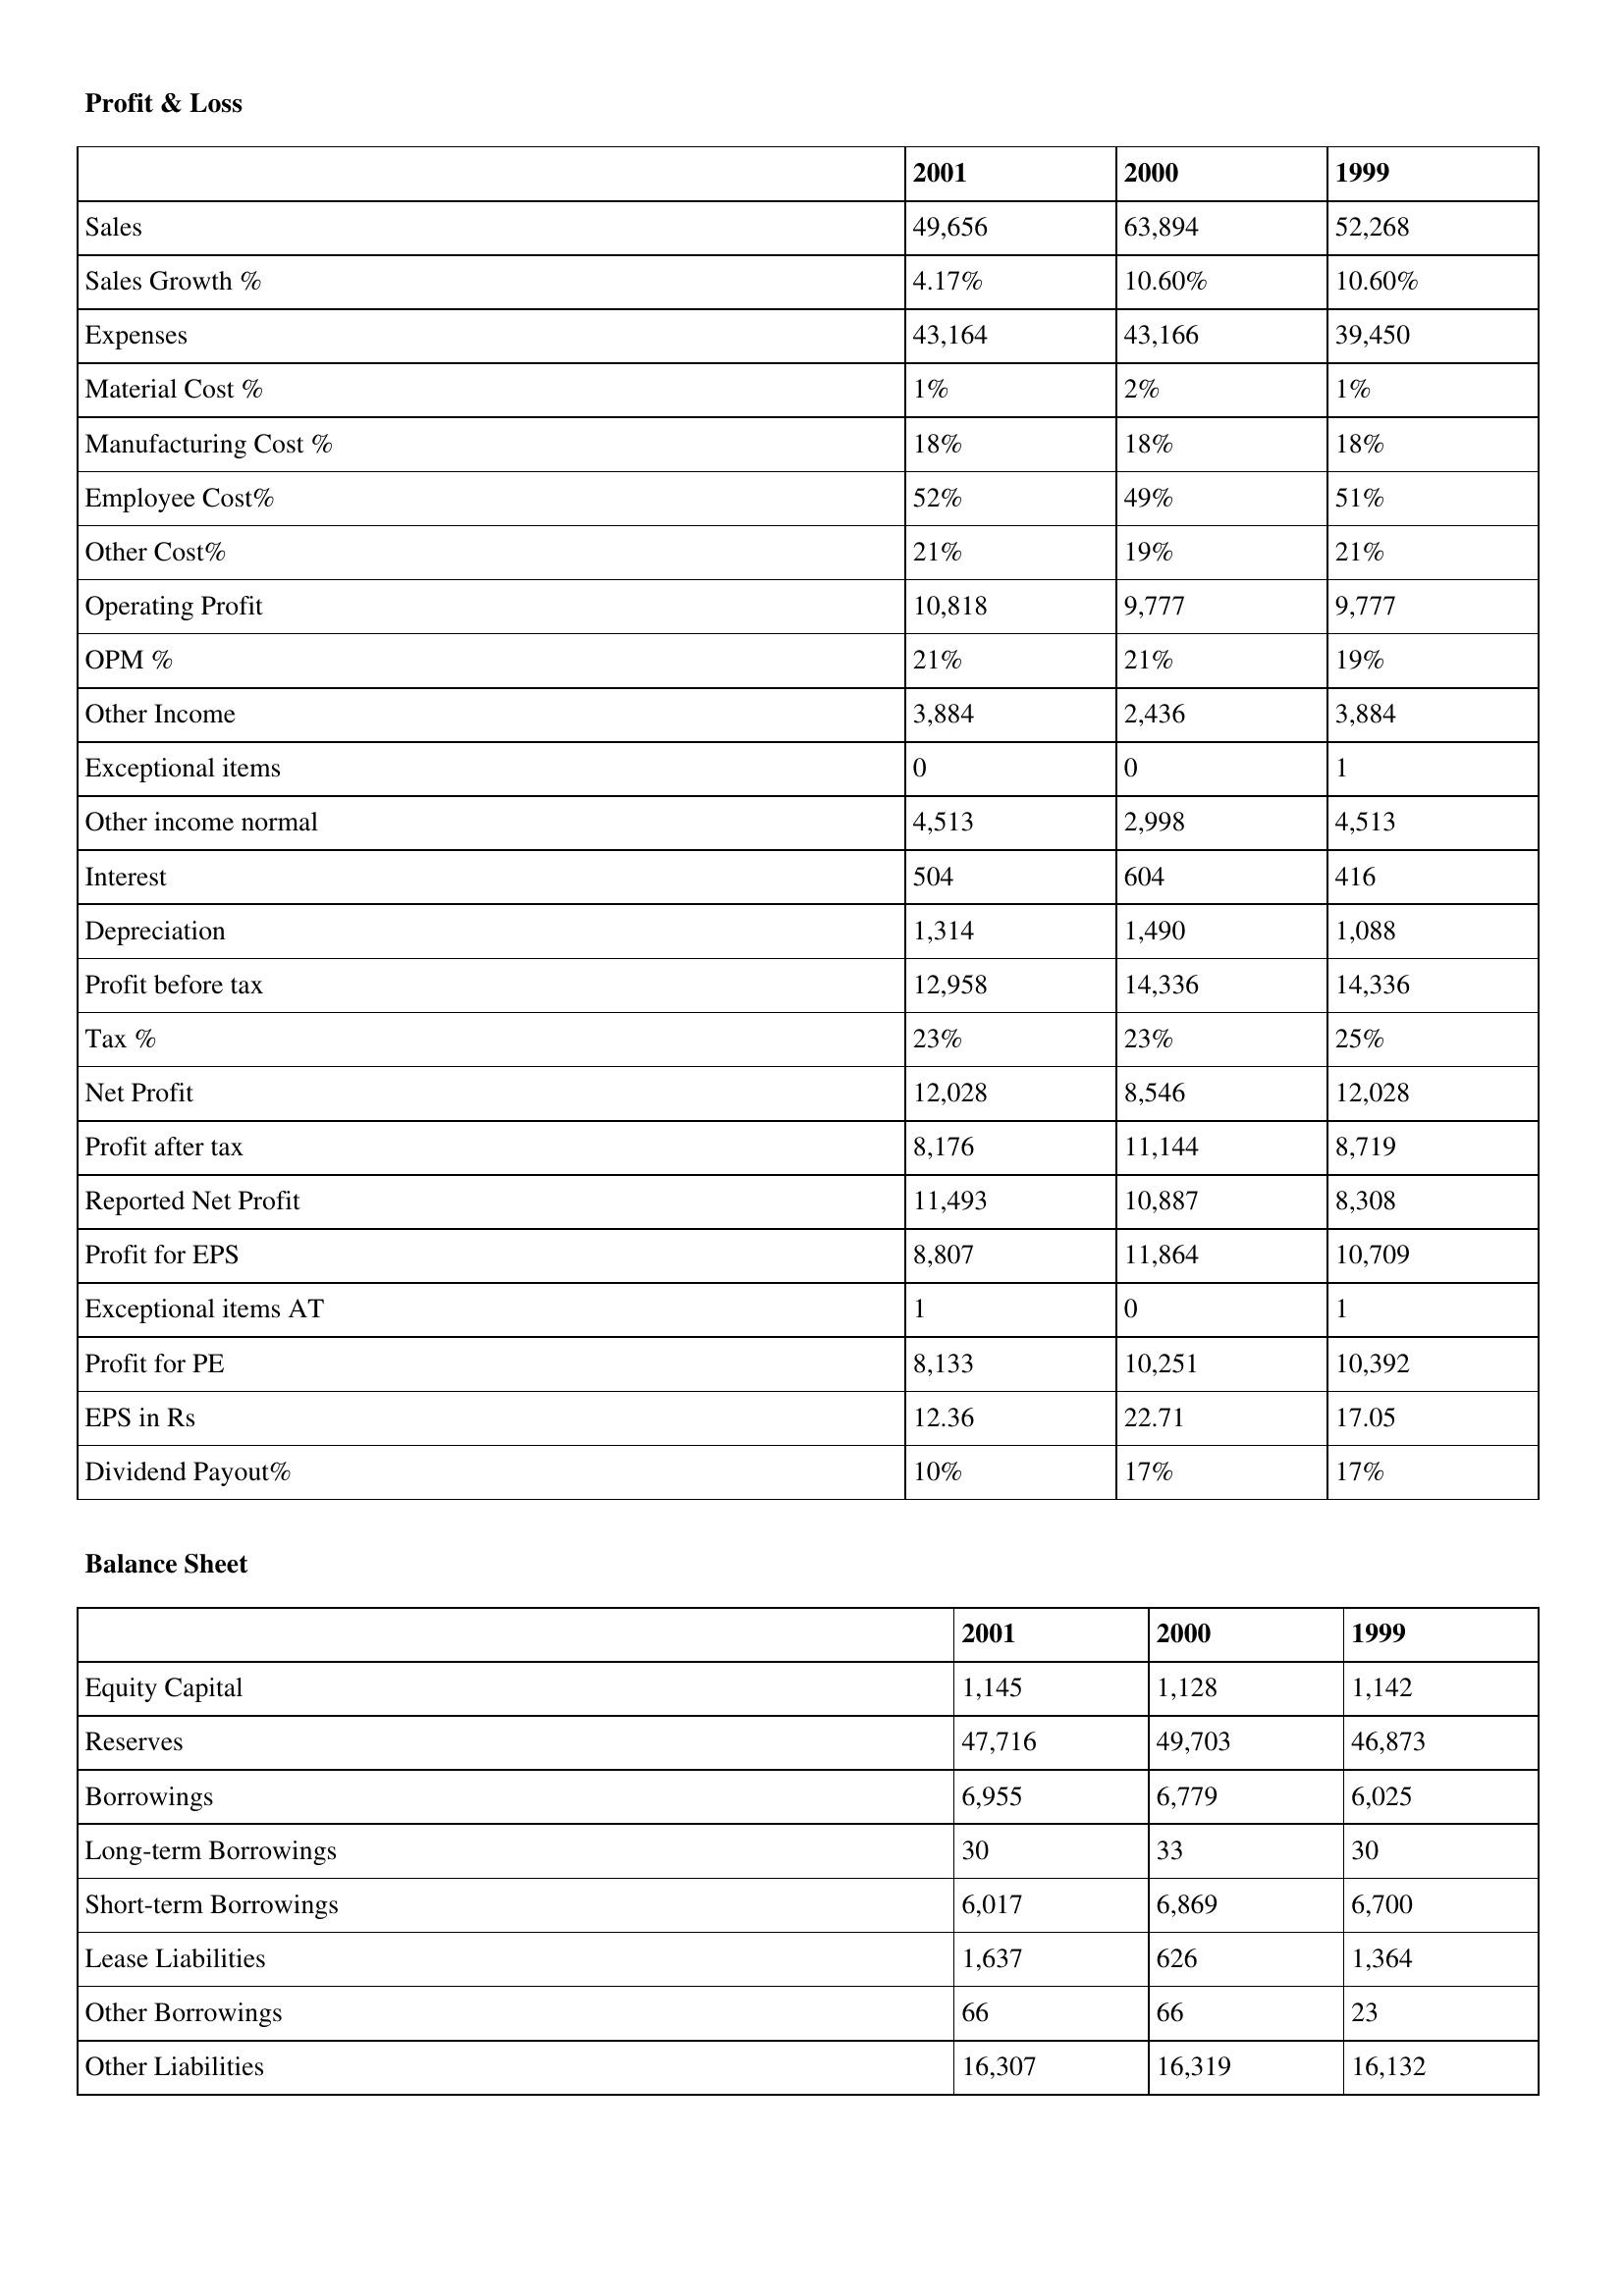
gt_parse: 2001: Profit & Loss: Sales: 49,656
Sales Growth %: 4.17%
Expenses: 43,164
Material Cost %: 1%
Manufacturing Cost %: 18%
Employee Cost%: 52%
Other Cost%: 21%
Operating Profit: 10,818
OPM %: 21%
Other Income: 3,884
Exceptional items: 0
Other income normal: 4,513
Interest: 504
Depreciation: 1,314
Profit before tax: 12,958
Tax %: 23%
Net Profit: 12,028
Profit after tax: 8,176
Reported Net Profit: 11,493
Profit for EPS: 8,807
Exceptional items AT: 1
Profit for PE: 8,133
EPS in Rs: 12.36
Dividend Payout%: 10%
Balance Sheet: Equity Capital: 1,145
Reserves: 47,716
Borrowings: 6,955
Long-term Borrowings: 30
Short-term Borrowings: 6,017
Lease Liabilities: 1,637
Other Borrowings: 66
Other Liabilities: 16,307
2000: Profit & Loss: Sales: 63,894
Sales Growth %: 10.60%
Expenses: 43,166
Material Cost %: 2%
Manufacturing Cost %: 18%
Employee Cost%: 49%
Other Cost%: 19%
Operating Profit: 9,777
OPM %: 21%
Other Income: 2,436
Exceptional items: 0
Other income normal: 2,998
Interest: 604
Depreciation: 1,490
Profit before tax: 14,336
Tax %: 23%
Net Profit: 8,546
Profit after tax: 11,144
Reported Net Profit: 10,887
Profit for EPS: 11,864
Exceptional items AT: 0
Profit for PE: 10,251
EPS in Rs: 22.71
Dividend Payout%: 17%
Balance Sheet: Equity Capital: 1,128
Reserves: 49,703
Borrowings: 6,779
Long-term Borrowings: 33
Short-term Borrowings: 6,869
Lease Liabilities: 626
Other Borrowings: 66
Other Liabilities: 16,319
1999: Profit & Loss: Sales: 52,268
Sales Growth %: 10.60%
Expenses: 39,450
Material Cost %: 1%
Manufacturing Cost %: 18%
Employee Cost%: 51%
Other Cost%: 21%
Operating Profit: 9,777
OPM %: 19%
Other Income: 3,884
Exceptional items: 1
Other income normal: 4,513
Interest: 416
Depreciation: 1,088
Profit before tax: 14,336
Tax %: 25%
Net Profit: 12,028
Profit after tax: 8,719
Reported Net Profit: 8,308
Profit for EPS: 10,709
Exceptional items AT: 1
Profit for PE: 10,392
EPS in Rs: 17.05
Dividend Payout%: 17%
Balance Sheet: Equity Capital: 1,142
Reserves: 46,873
Borrowings: 6,025
Long-term Borrowings: 30
Short-term Borrowings: 6,700
Lease Liabilities: 1,364
Other Borrowings: 23
Other Liabilities: 16,132